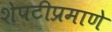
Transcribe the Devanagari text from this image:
शेपटीप्रमाणे